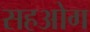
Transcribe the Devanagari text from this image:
सहओग